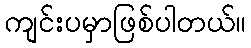
ကျင်းပမှာဖြစ်ပါတယ်။